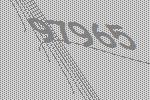
97965